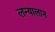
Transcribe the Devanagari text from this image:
लन्यालान